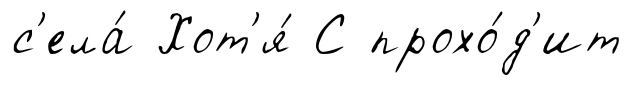
с'ела́ Хот'я́ С прохо́д'ит